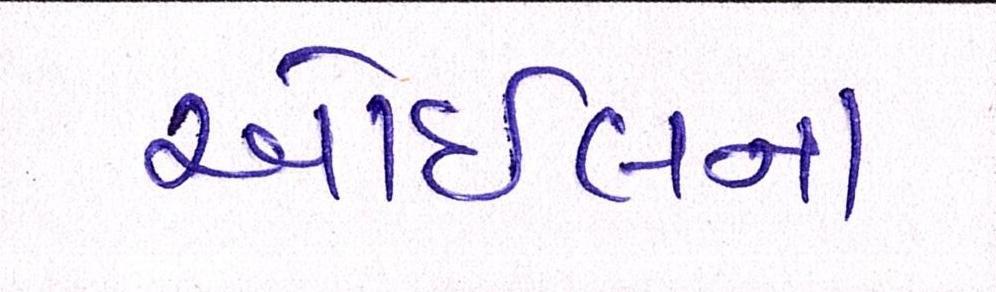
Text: ઓઇલના